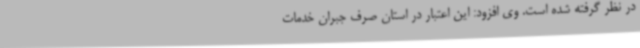
در نظر گرفته شده است. وی افزود: این اعتبار در استان صرف جبران خدمات